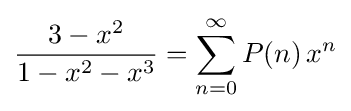
{\frac {3-x^{2}}{1-x^{2}-x^{3}}}=\sum _{n=0}^{\infty }P(n)\,x^{n}